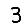
Digit: 3